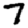
Digit: 7